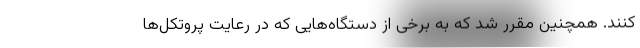
کنند. همچنین مقرر شد که به برخی از دستگاه‌هایی که در رعایت پروتکل‌ها